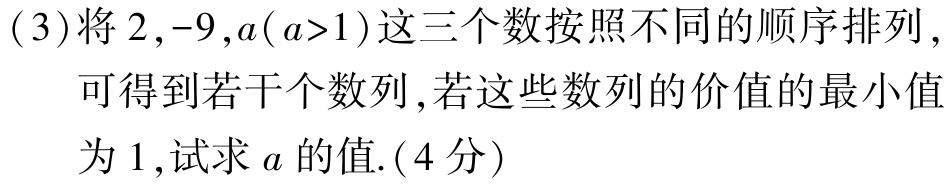
(3)将\(2,-9,a(a > 1)\)这三个数按照不同的顺序排列，
可得到若干个数列，若这些数列的价值的最小值
为\(1\)，试求\(a\)的值.(4分)